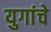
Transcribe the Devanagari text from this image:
युगांचे